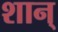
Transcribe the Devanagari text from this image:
शान्